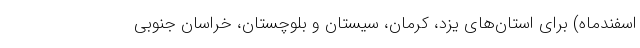
اسفندماه) برای استان‌های یزد، کرمان، سیستان و بلوچستان، خراسان جنوبی